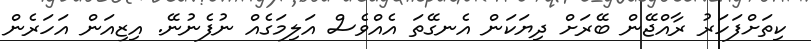
ކިތަށްފަހަރު ރާއްޖޭން ބޭރަށް ދިޔަކަން އެނގޭތަ އެއްވެސް އަލިމަގެއް ނުފެނުނޭ. އިޒިއަން އަހަރެން